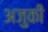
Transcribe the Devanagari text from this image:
अजुकी